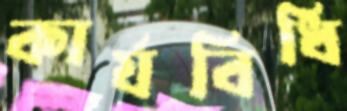
কার্যবিধি